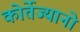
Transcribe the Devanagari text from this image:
कोर्तेज्यानो